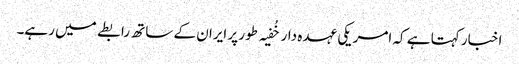
اخبار کہتا ہے کہ امریکی عہدہ دار خُفیہ طور پر ایران کے ساتھ رابطے میں رہے۔